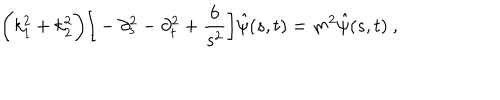
\bigg ( k _ { 1 } ^ { 2 } + k _ { 2 } ^ { 2 } \bigg ) \bigg [ - \partial _ { s } ^ { 2 } - \partial _ { t } ^ { 2 } + \frac { 6 } { s ^ { 2 } } \bigg ] \hat { \psi } ( s , t ) = m ^ { 2 } \hat { \psi } ( s , t ) ~ ,